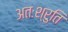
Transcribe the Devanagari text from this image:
अतःश्रुति